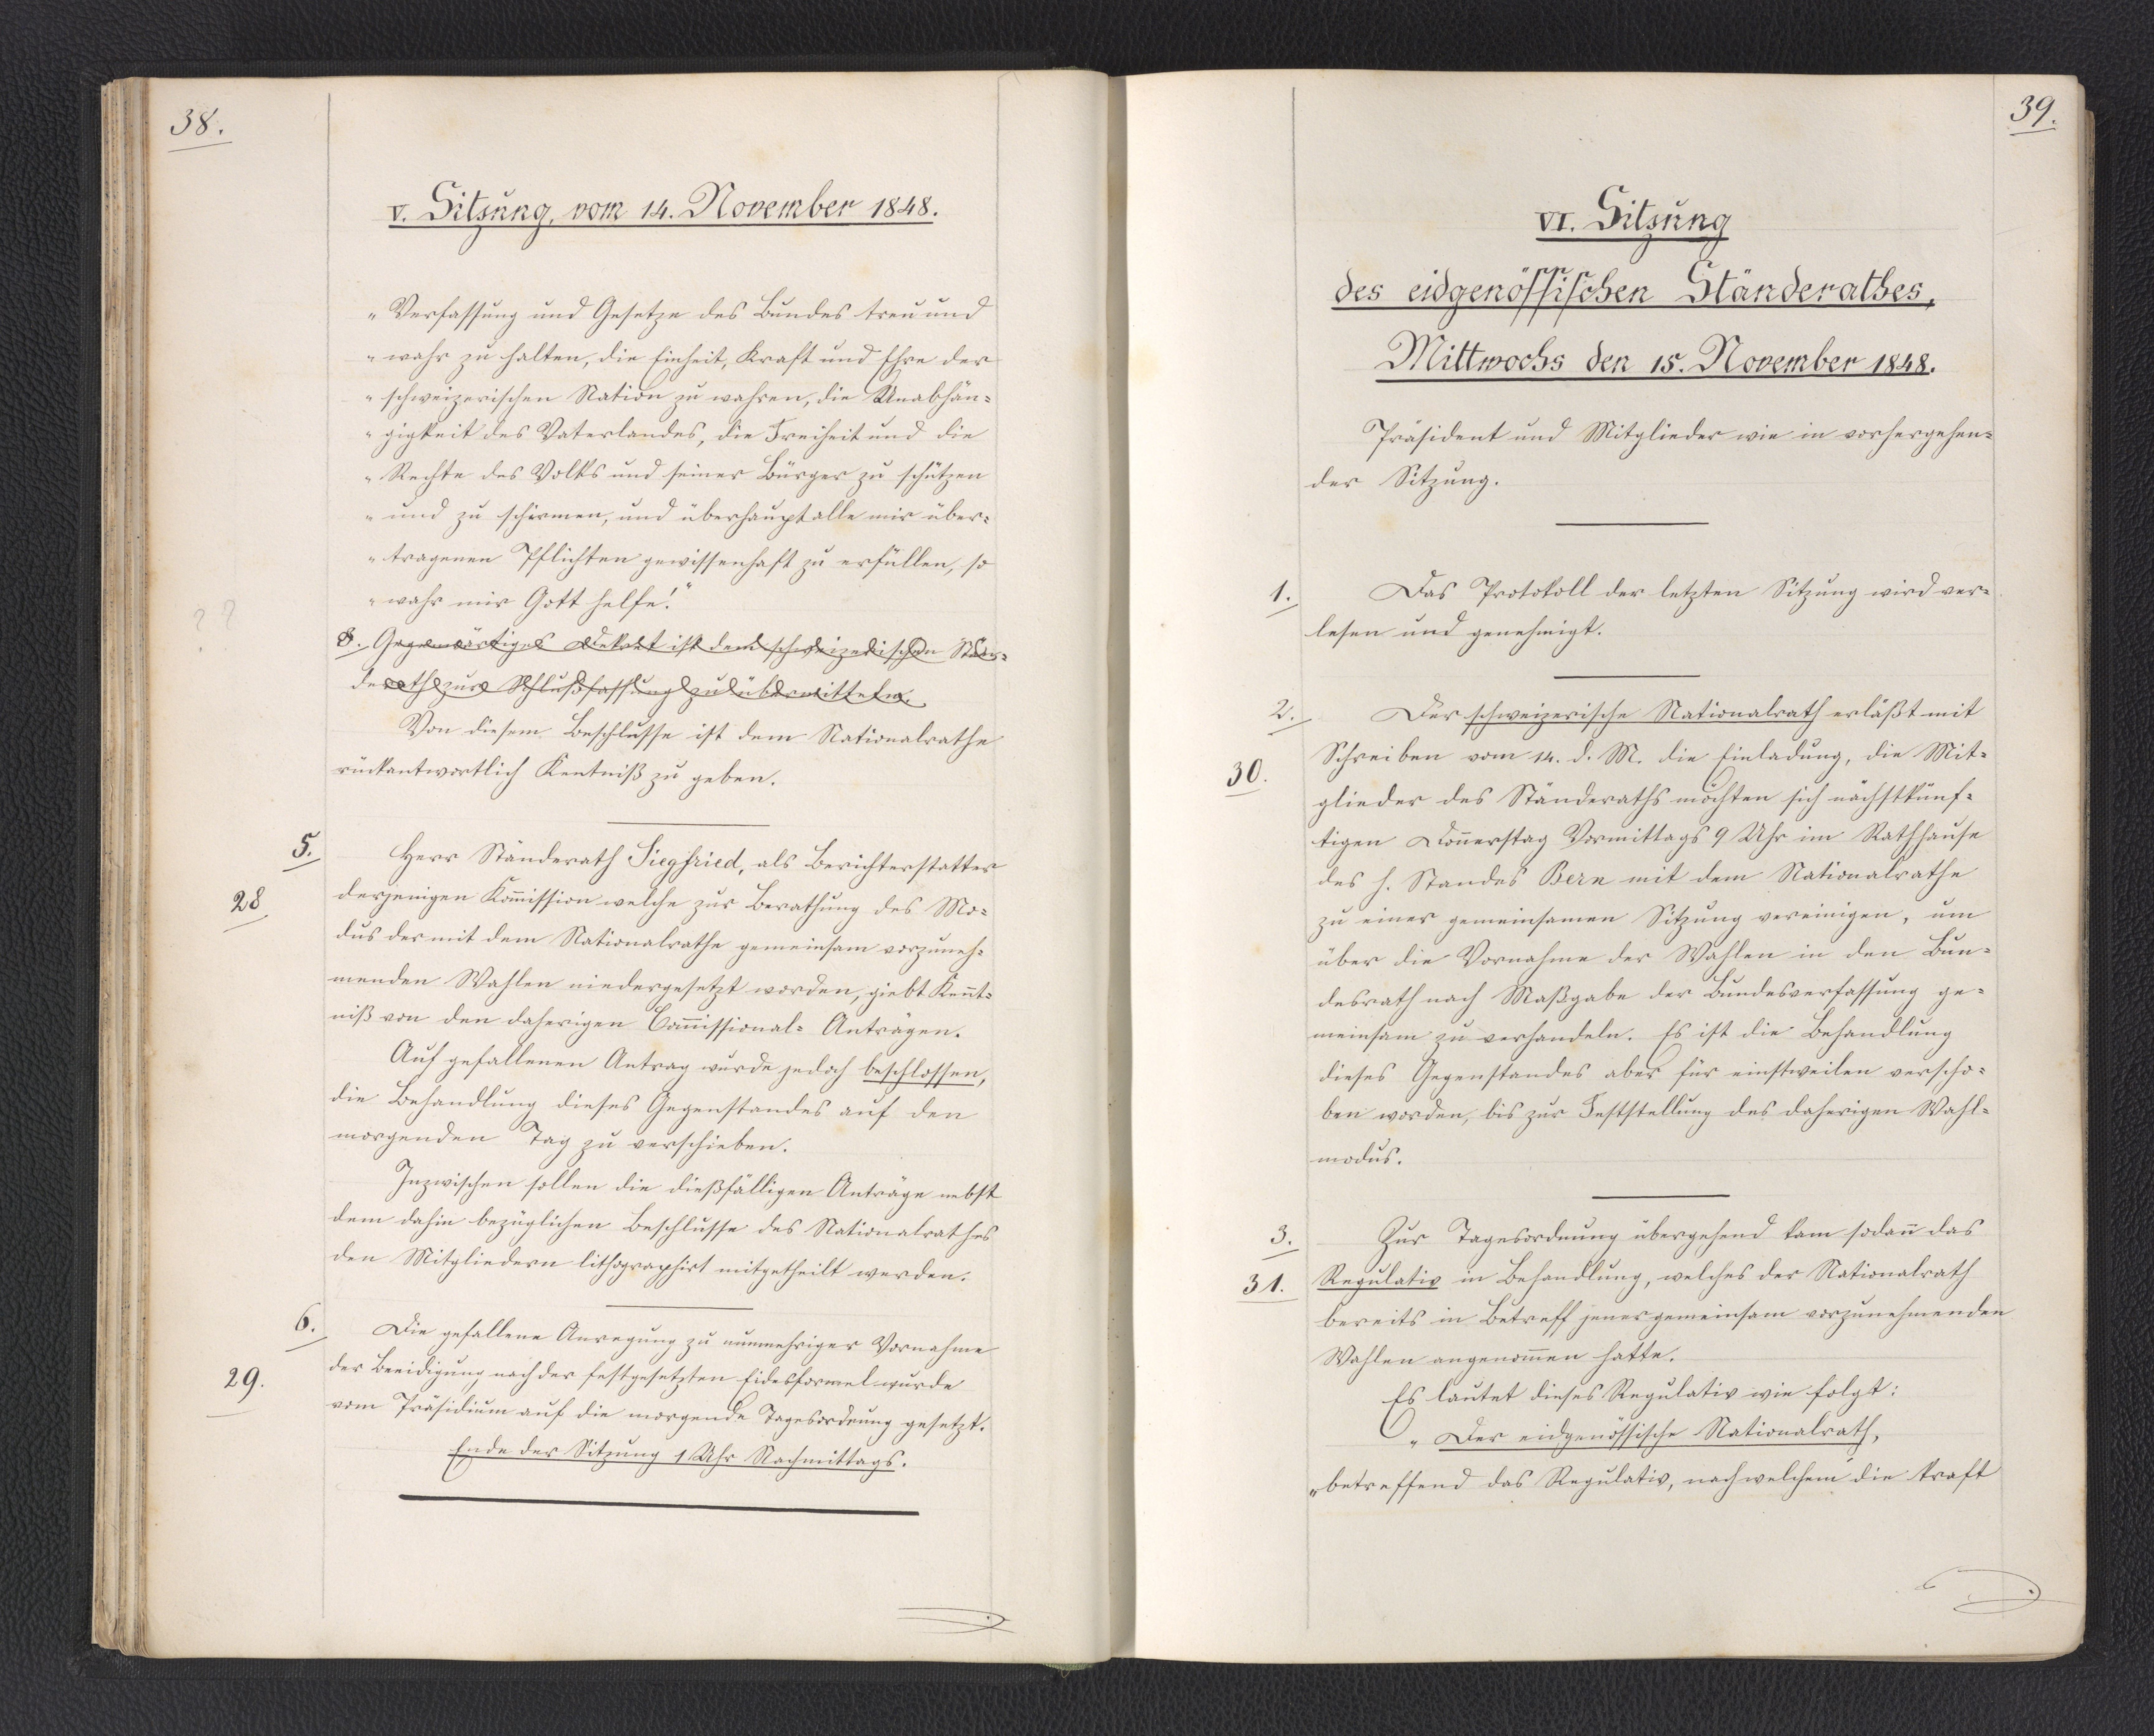
38.

V. Sitzung, vom 14. November 1848.

Verfassung und Gesetze des Bundes treu und
wahr zu halten, die Einheit, Kraft und Ehre der
schweizerischen Nation zu wahren, die Unabhän¬
gigkeit des Vaterlandes, die Freiheit und die
Rechte des Volks und seiner Bürger zu schützen
und zu schirmen, und überhaupt alle mir über¬
tragenen Pflichten gewissenhaft zu erfüllen, so
wahr mir Gott helfe!"
3. Gegenwärtiges Dekret ist dem schweizerischen Stän¬
derath zur Schlußfassung zu übermitteln.
Von diesem Beschlusse ist dem Nationalrathe
rückantwortlich Kentniß zu geben.
Herr Ständerath Siegfried, als Berichterstatter
derjenigen Kommission welche zur Berathung des Mo¬
dus der mit dem Nationalrathe gemeinsam vorzuneh¬
menden Wahlen niedergesetzt worden, giebt Kennt¬
niß von den daherigen Commissional-Anträgen.
Auf gefallenen Antrag wurde jedoch beschlossen,
die Behandlung dieses Gegenstandes auf den
morgenden Tag zu verschieben.
Inzwischen sollen die dießfälligen Anträge nebst
dem dahin bezüglichen Beschlusse des Nationalrathes
den Mitgliedern lithographirt mitgetheilt werden.
Die gefallene Anregung zu nunmehriger Vornahme
der Beeidigung nach der festgesetzten Eidesformel wurde
vom Präsidium auf die morgende Tagesordnung gesetzt.
Ende der Sitzung 1 Uhr Nachmittags.

5.
28

6.
29.